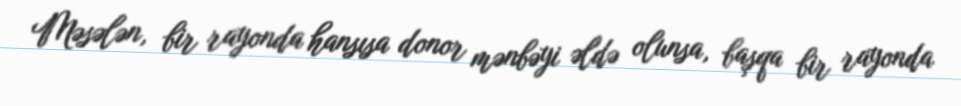
Məsələn, bir rayonda hansısa donor mənbəyi əldə olunsa, başqa bir rayonda